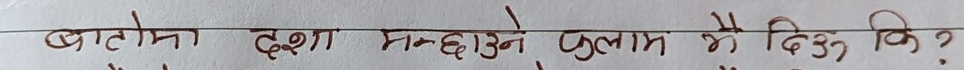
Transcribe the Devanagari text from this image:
बाटोमा दशा सुधार्ने गुलाम नै दिऊँ कि?